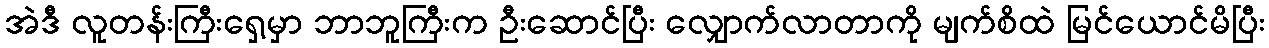
အဲဒီ လူတန်းကြီးရှေ့မှာ ဘာဘူကြီးက ဦးဆောင်ပြီး လျှောက်လာတာကို မျက်စိထဲ မြင်ယောင်မိပြီး